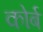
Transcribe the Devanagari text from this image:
कोर्ब